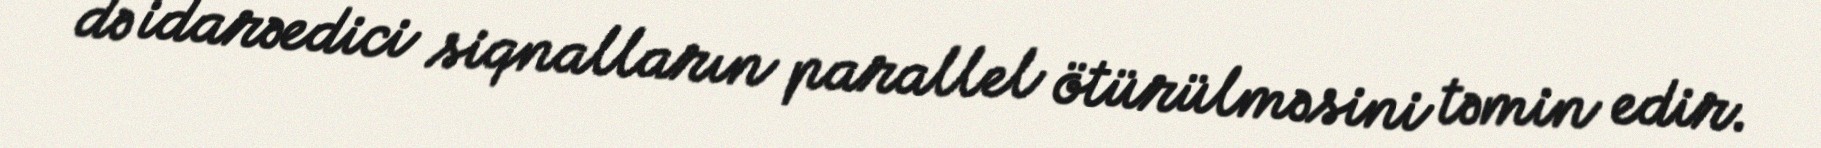
də idarəedici siqnalların parallel ötürülməsini təmin edir.